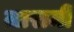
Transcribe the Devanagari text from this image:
लारामी